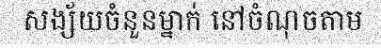
សង្ស័យចំនួនម្នាក់ នៅចំណុចតាម